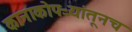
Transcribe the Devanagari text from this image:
कानाकोपऱ्यांतूनच